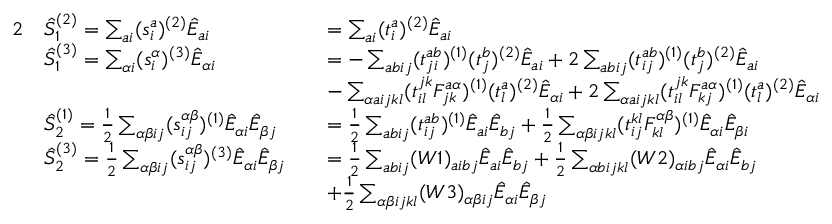
\begin{array} { r l r l } { { 2 } } & { \hat { S } _ { 1 } ^ { ( 2 ) } = \sum _ { a i } ( s _ { i } ^ { a } ) ^ { ( 2 ) } \hat { E } _ { a i } } & & { = \sum _ { a i } ( t _ { i } ^ { a } ) ^ { ( 2 ) } \hat { E } _ { a i } } \\ & { \hat { S } _ { 1 } ^ { ( 3 ) } = \sum _ { \alpha i } ( s _ { i } ^ { \alpha } ) ^ { ( 3 ) } \hat { E } _ { \alpha i } } & & { = - \sum _ { a b i j } ( t _ { j i } ^ { a b } ) ^ { ( 1 ) } ( t _ { j } ^ { b } ) ^ { ( 2 ) } \hat { E } _ { a i } + 2 \sum _ { a b i j } ( t _ { i j } ^ { a b } ) ^ { ( 1 ) } ( t _ { j } ^ { b } ) ^ { ( 2 ) } \hat { E } _ { a i } } \\ & { } & & { - \sum _ { \alpha a i j k l } ( t _ { i l } ^ { j k } F _ { j k } ^ { a \alpha } ) ^ { ( 1 ) } ( t _ { l } ^ { a } ) ^ { ( 2 ) } \hat { E } _ { \alpha i } + 2 \sum _ { \alpha a i j k l } ( t _ { i l } ^ { j k } F _ { k j } ^ { a \alpha } ) ^ { ( 1 ) } ( t _ { l } ^ { a } ) ^ { ( 2 ) } \hat { E } _ { \alpha i } } \\ & { \hat { S } _ { 2 } ^ { ( 1 ) } = \frac 1 2 \sum _ { \alpha \beta i j } ( s _ { i j } ^ { \alpha \beta } ) ^ { ( 1 ) } \hat { E } _ { \alpha i } \hat { E } _ { \beta j } } & & { = \frac 1 2 \sum _ { a b i j } ( t _ { i j } ^ { a b } ) ^ { ( 1 ) } \hat { E } _ { a i } \hat { E } _ { b j } + \frac 1 2 \sum _ { \alpha \beta i j k l } ( t _ { i j } ^ { k l } F _ { k l } ^ { \alpha \beta } ) ^ { ( 1 ) } \hat { E } _ { \alpha i } \hat { E } _ { \beta i } } \\ & { \hat { S } _ { 2 } ^ { ( 3 ) } = \frac 1 2 \sum _ { \alpha \beta i j } ( s _ { i j } ^ { \alpha \beta } ) ^ { ( 3 ) } \hat { E } _ { \alpha i } \hat { E } _ { \beta j } } & & { = \frac 1 2 \sum _ { a b i j } ( W 1 ) _ { a i b j } \hat { E } _ { a i } \hat { E } _ { b j } + \frac 1 2 \sum _ { \alpha b i j k l } ( W 2 ) _ { \alpha i b j } \hat { E } _ { \alpha i } \hat { E } _ { b j } } \\ & { } & & { + \frac 1 2 \sum _ { \alpha \beta i j k l } ( W 3 ) _ { \alpha \beta i j } \hat { E } _ { \alpha i } \hat { E } _ { \beta j } } \end{array}